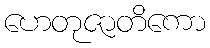
ဟေတုဇာတိကော